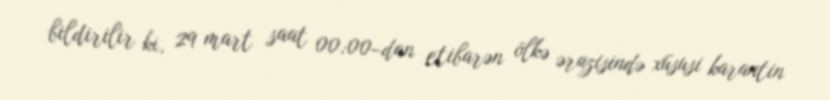
bildirilir ki, 29 mart saat 00:00-dan etibarən ölkə ərazisində xüsusi karantin